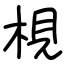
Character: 梘